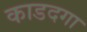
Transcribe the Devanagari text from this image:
काडदगा